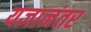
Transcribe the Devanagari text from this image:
यज्ञानंतर